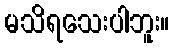
မသိရသေးပါဘူး။